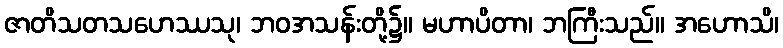
ဇာတိသတသဟေဿသု၊ ဘဝအသန်းတို့၌။ မဟာပိတာ၊ ဘကြီးသည်။ အဟောသိ၊